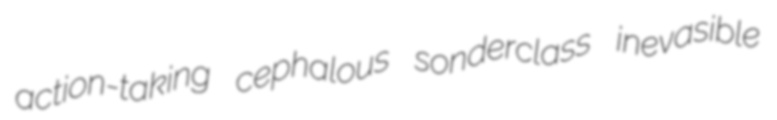
action-taking cephalous sonderclass inevasible